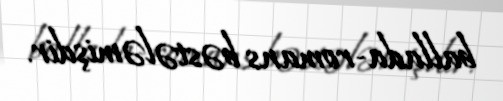
ballada-romans bəstələmişdir.